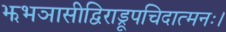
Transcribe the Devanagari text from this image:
झभञासीद्विराड्रूपचिदात्मनः।